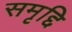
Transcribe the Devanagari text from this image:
समृद्दि